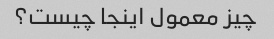
چیز معمول اینجا چیست؟